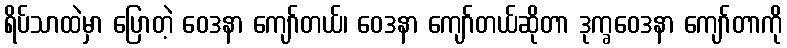
ရိပ်သာထဲမှာ ပြောတဲ့ ဝေဒနာ ကျော်တယ်၊ ဝေဒနာ ကျော်တယ်ဆိုတာ ဒုက္ခဝေဒနာ ကျော်တာကို